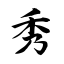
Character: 秀